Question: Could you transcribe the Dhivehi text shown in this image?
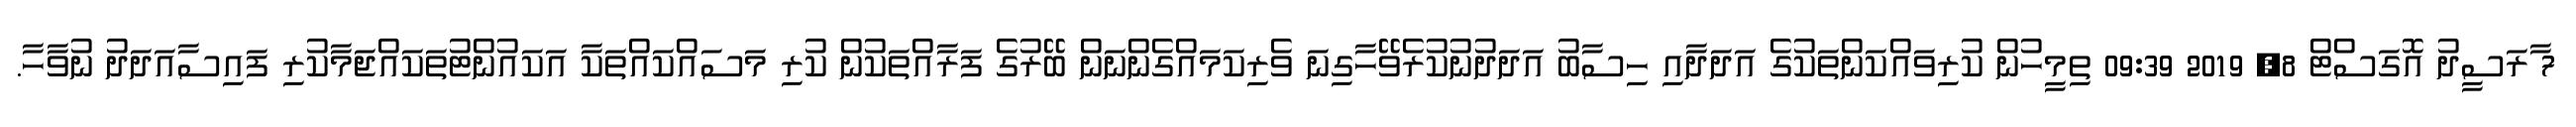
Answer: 7 ާރަސީދު އޮގަސްޓް 8, 2019 09:39 ތިމީހުން ކުރިވައްކަންތަކުގެ އަދަދާއި ހިސާބު އަދަދުނުކުރެވޭހާގިނަ ވެރިކަމައްގެންނަން ބޭރުގެ ފަރާއްތަކުން ކުރި މަސައްކައްތަކާ އަކައުންޓުތަކައްޖަމާކުރި ފައިސާއަދަދު ނުވާހާ.